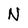
Character: N